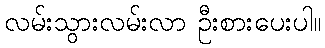
လမ်းသွားလမ်းလာ ဦးစားပေးပါ။